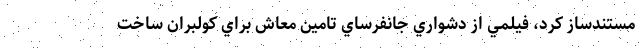
مستندساز كرد، فيلمي از دشواري جانفرساي تامين معاش براي كولبران ساخت